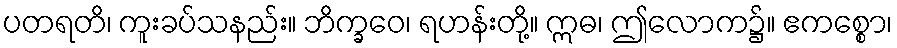
ပတရတိ၊ ကူးခပ်သနည်း။ ဘိက္ခဝေ၊ ရဟန်းတို့။ ဣဓ၊ ဤလောက၌။ ဧကစ္စော၊